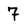
Character: 7